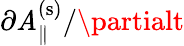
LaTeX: \partial\mathit{A}_{\| }^{\mathrm{{(s)}}}/\partialt